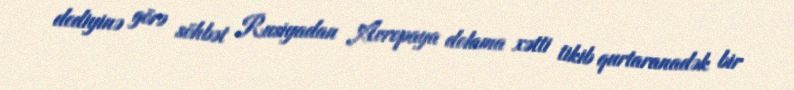
dediyinə görə söhbət Rusiyadan Avropaya dolama xətti tikib qurtaranadək bir